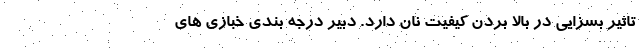
تاثیر بسزایی در بالا بردن کیفیت نان دارد. دبیر درجه بندی خبازی های